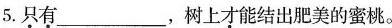
5.\underset{·}{只}\underset{·}{有}___，树上\underset{·}{才}能结出肥美的蜜桃。